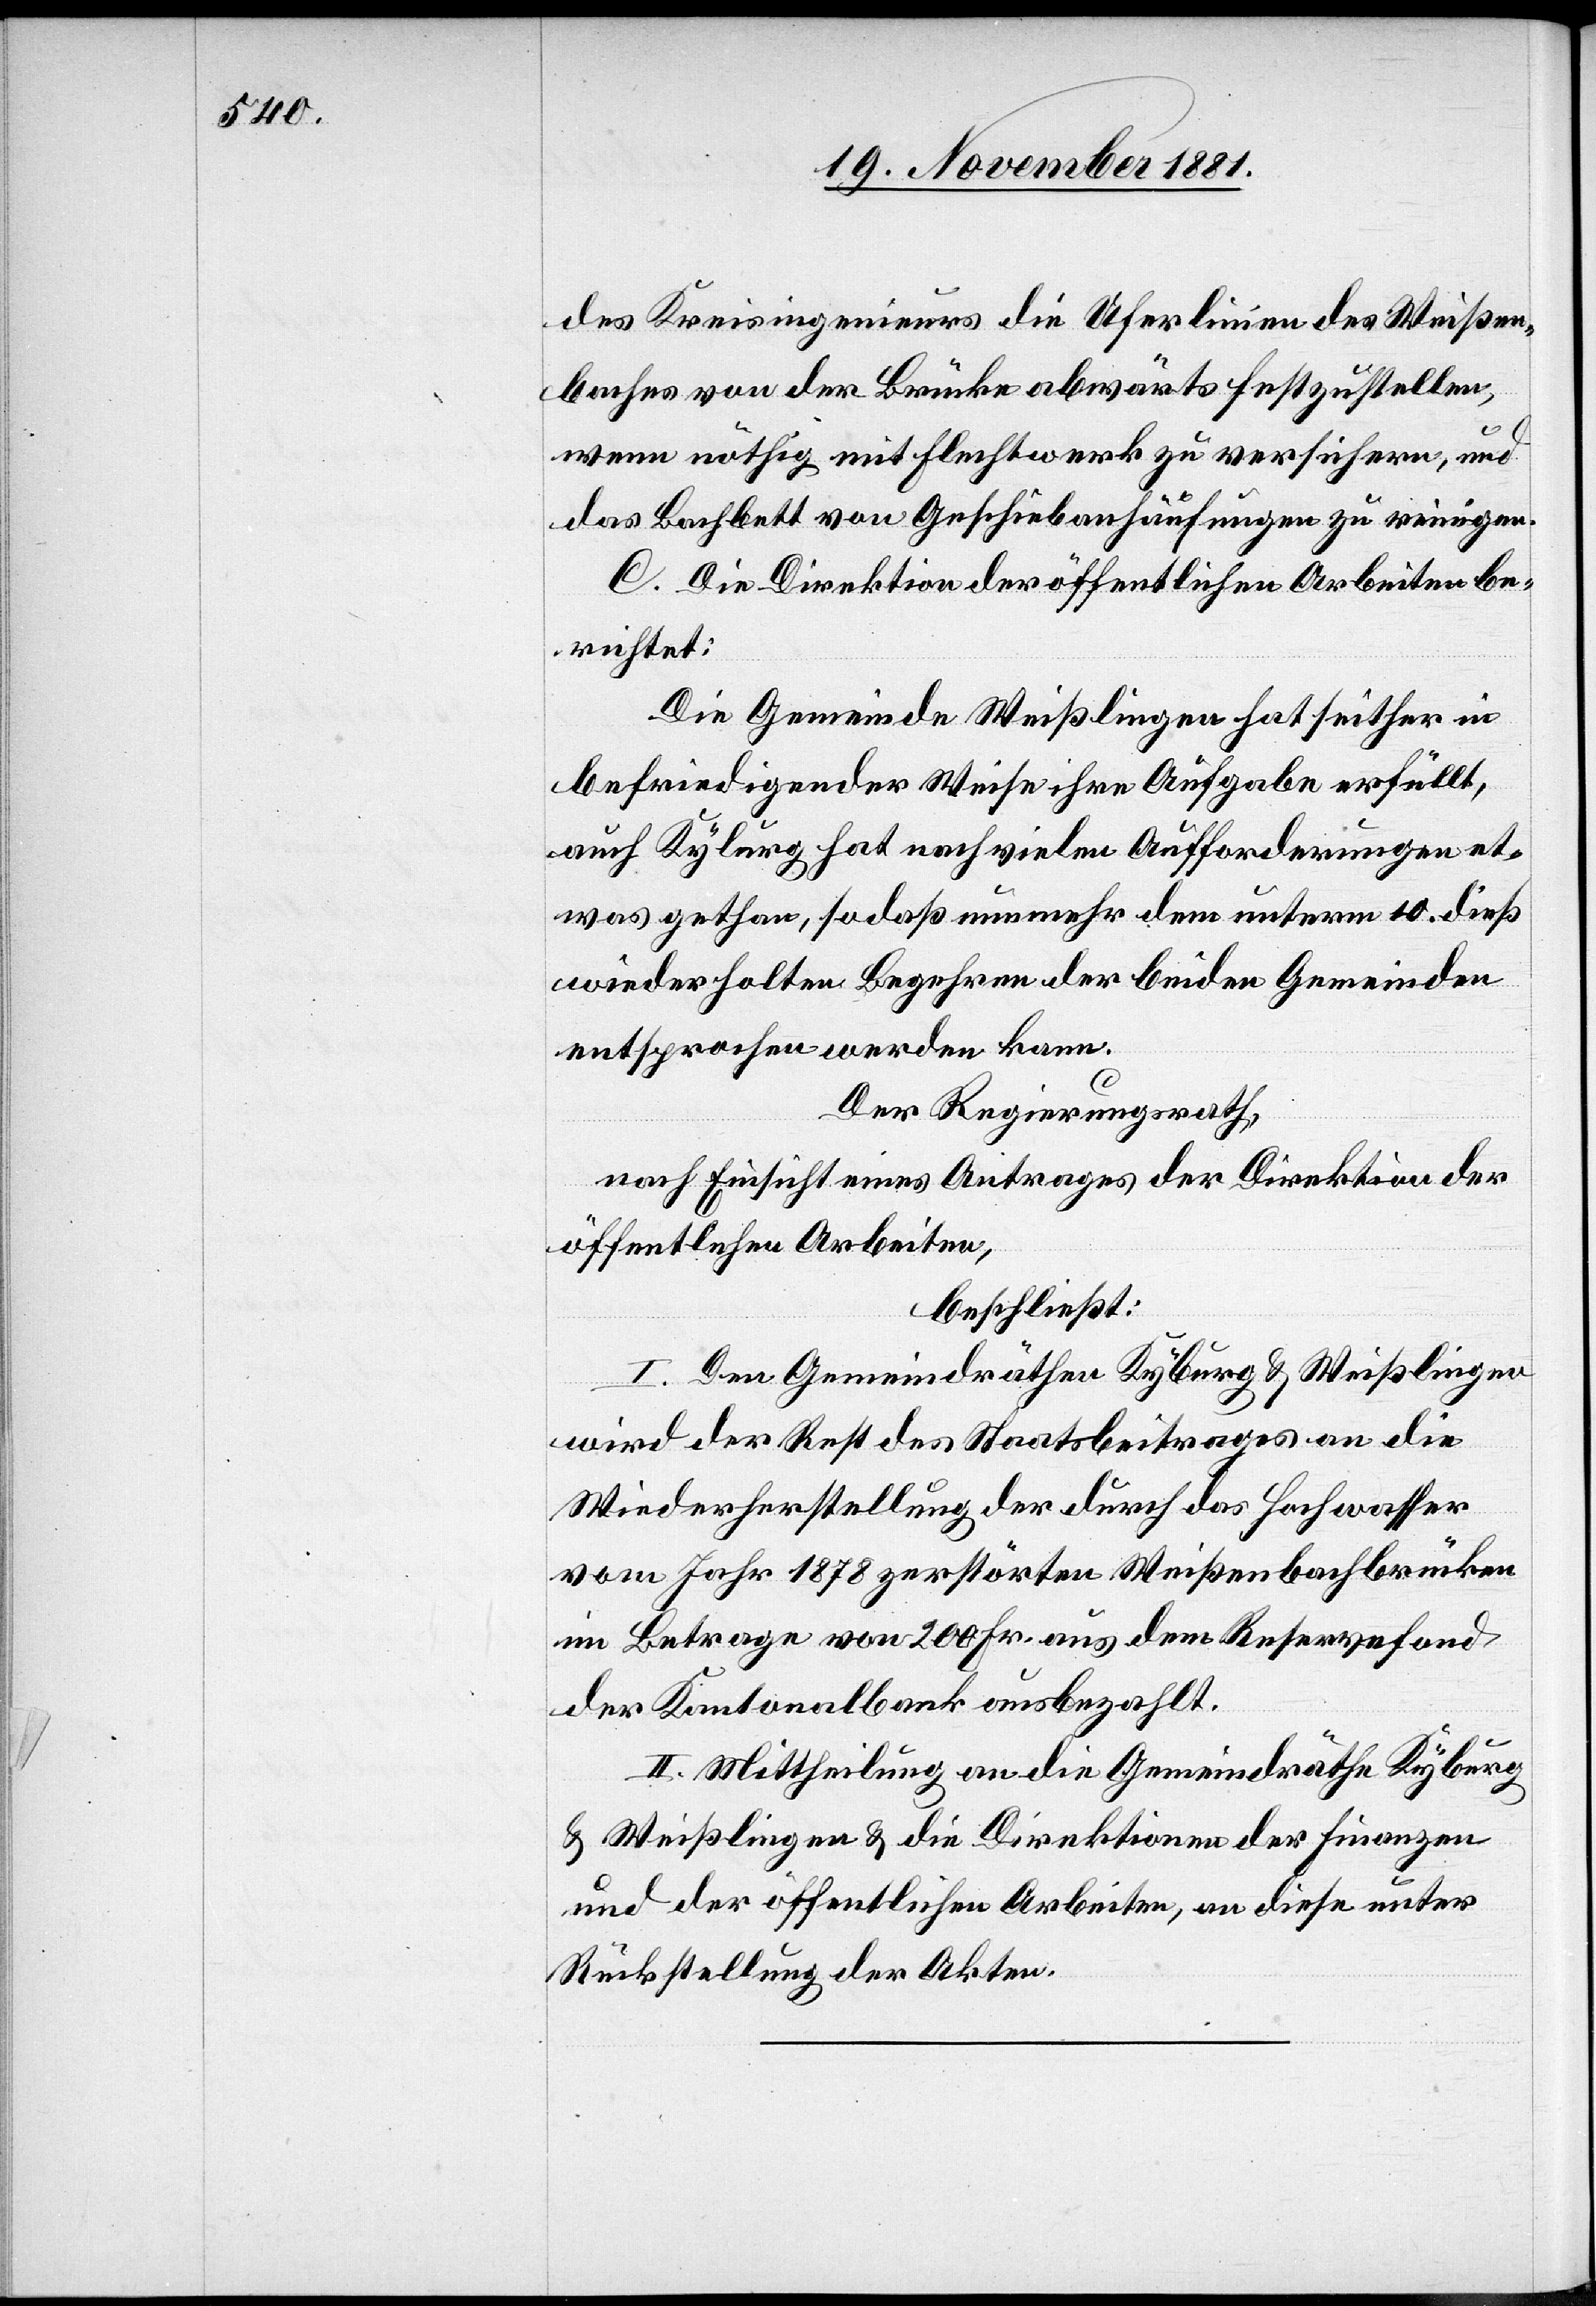
des Kreisingenieurs die Uferlinien des Weißen¬
baches von der Brücke abwärts festzustellen,
wenn nöthig mit Fluchtwerk zu versichern, und
das Bachbett von Geschiebanhäufungen zu reinigen.
C. Die Direktion der öffentlichen Arbeiten be¬
richtet:
Die Gemeinde Weißlingen hat seither in
befriedigender Weise ihre Aufgabe erfüllt,
auch Kyburg hat nach vielen Aufforderungen et¬
was gethan, sodaß nunmehr dem unterm 10. dieß
wiederholten Begehren der beiden Gemeinden
entsprochen werden kann.
Der Regierungsrath,
nach Einsicht eines Antrages der Direktion der
öffentlichen Arbeiten,
beschließt:
I. Den Gemeindräthen Kyburg & Weißlingen
wird der Rest des Staatsbeitrages an die
Wiederherstellung der durch Hochwasser
vom Jahr 1878 zerstörten Weißenbachbrücken
im Betrage von 200 Fr. aus dem Reservefond
der Kantonalbank ausbezahlt.
II. Mittheilung an die Gemeindräthe Kyburg
& Weißlingen & die Direktionen der Finanzen
und der öffentlichen Arbeiten, an diese unter
Rückstellung der Akten.